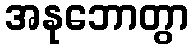
အနုဘောတွာ